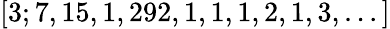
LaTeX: [3;7,15,1,292,1,1,1,2,1,3,...]